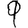
Digit: 9